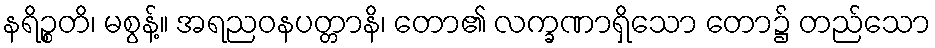
နရိဉ္စတိ၊ မစွန့်။ အရညဝနပတ္တာနိ၊ တော၏ လက္ခဏာရှိသော တော၌ တည်သော